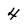
Character: 4